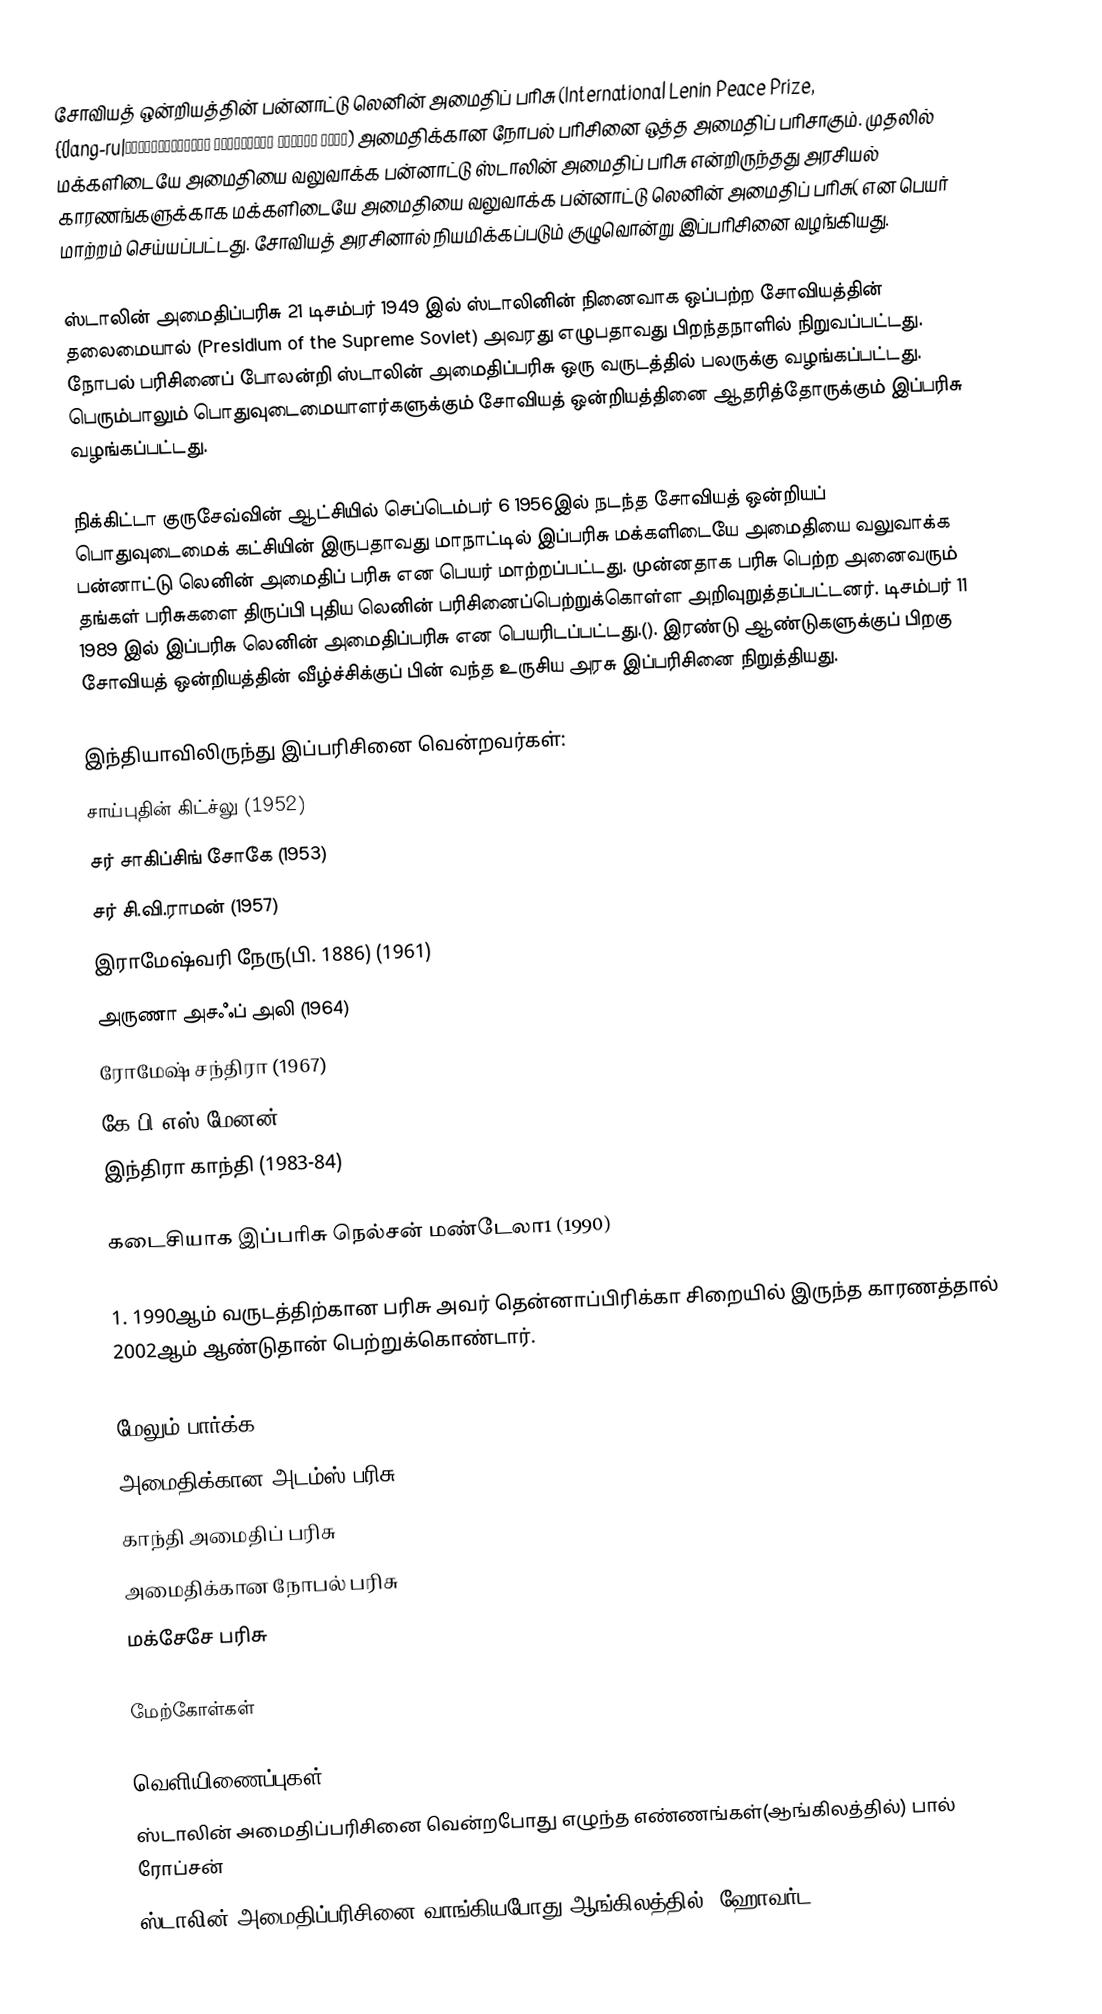
சோவியத் ஒன்றியத்தின் பன்னாட்டு லெனின் அமைதிப் பரிசு (International Lenin Peace Prize, {{lang-ru|международная Ленинская премия мира) அமைதிக்கான நோபல் பரிசினை ஒத்த அமைதிப் பரிசாகும். முதலில் மக்களிடையே அமைதியை வலுவாக்க பன்னாட்டு ஸ்டாலின் அமைதிப் பரிசு என்றிருந்தது அரசியல் காரணங்களுக்காக மக்களிடையே அமைதியை வலுவாக்க பன்னாட்டு லெனின் அமைதிப் பரிசு( என பெயர் மாற்றம் செய்யப்பட்டது. சோவியத் அரசினால் நியமிக்கப்படும் குழுவொன்று இப்பரிசினை வழங்கியது.

ஸ்டாலின் அமைதிப்பரிசு 21 டிசம்பர் 1949 இல் ஸ்டாலினின் நினைவாக ஒப்பற்ற சோவியத்தின் தலைமையால் (Presidium of the Supreme Soviet) அவரது எழுபதாவது பிறந்தநாளில் நிறுவப்பட்டது. நோபல் பரிசினைப் போலன்றி ஸ்டாலின் அமைதிப்பரிசு ஒரு வருடத்தில் பலருக்கு வழங்கப்பட்டது. பெரும்பாலும் பொதுவுடைமையாளர்களுக்கும் சோவியத் ஒன்றியத்தினை ஆதரித்தோருக்கும் இப்பரிசு வழங்கப்பட்டது.

நிக்கிட்டா குருசேவ்வின் ஆட்சியில் செப்டெம்பர் 6 1956இல் நடந்த சோவியத் ஒன்றியப் பொதுவுடைமைக் கட்சியின் இருபதாவது மாநாட்டில் இப்பரிசு மக்களிடையே அமைதியை வலுவாக்க பன்னாட்டு லெனின் அமைதிப் பரிசு என பெயர் மாற்றப்பட்டது. முன்னதாக பரிசு பெற்ற அனைவரும் தங்கள் பரிசுகளை திருப்பி புதிய லெனின் பரிசினைப்பெற்றுக்கொள்ள அறிவுறுத்தப்பட்டனர். டிசம்பர் 11 1989 இல் இப்பரிசு லெனின் அமைதிப்பரிசு என பெயரிடப்பட்டது.(). இரண்டு ஆண்டுகளுக்குப் பிறகு சோவியத் ஒன்றியத்தின் வீழ்ச்சிக்குப் பின் வந்த உருசிய அரசு இப்பரிசினை நிறுத்தியது.

இந்தியாவிலிருந்து இப்பரிசினை வென்றவர்கள்:
 சாய்புதின் கிட்ச்லு (1952)
 சர் சாகிப்சிங் சோகே (1953)
 சர் சி.வி.ராமன் (1957)
 இராமேஷ்வரி நேரு(பி. 1886) (1961)
 அருணா அசஃப் அலி (1964)
 ரோமேஷ் சந்திரா (1967)
 கே.பி.எஸ்.மேனன் (1977-78)
 இந்திரா காந்தி (1983-84)

கடைசியாக இப்பரிசு நெல்சன் மண்டேலா1 (1990)

1. 1990ஆம் வருடத்திற்கான பரிசு அவர் தென்னாப்பிரிக்கா சிறையில் இருந்த காரணத்தால் 2002ஆம் ஆண்டுதான் பெற்றுக்கொண்டார்.

மேலும் பார்க்க
 அமைதிக்கான அடம்ஸ் பரிசு
 காந்தி அமைதிப் பரிசு
 அமைதிக்கான நோபல் பரிசு
 மக்சேசே பரிசு

மேற்கோள்கள்

வெளியிணைப்புகள்
 ஸ்டாலின் அமைதிப்பரிசினை வென்றபோது எழுந்த எண்ணங்கள்(ஆங்கிலத்தில்) பால் ரோப்சன்
 ஸ்டாலின் அமைதிப்பரிசினை வாங்கியபோது(ஆங்கிலத்தில்) ஹோவர்ட